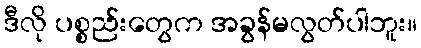
ဒီလို ပစ္စည်းတွေက အခွန်မလွတ်ပါဘူး။